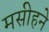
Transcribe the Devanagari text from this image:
मसीहने